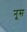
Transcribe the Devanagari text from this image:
नूस